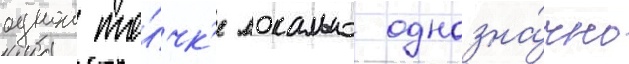
однои то́чк'е локально однозна́чно